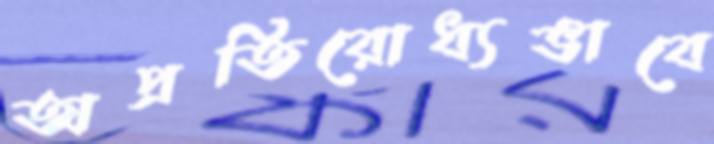
অপ্রতিরোধ্যভাবে